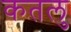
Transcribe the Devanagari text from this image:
कतलु